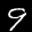
Label: 9